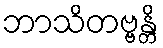
ဘာသိတဗ္ဗန္တိ